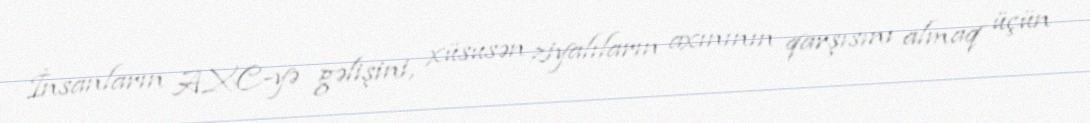
İnsanların AXC-yə gəlişini, xüsusən ziyalıların axınının qarşısını almaq üçün